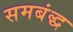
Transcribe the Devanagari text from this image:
समबंद्ध